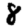
Digit: 8